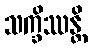
သက္ခိဿန္တိ